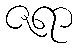
ဇရာ